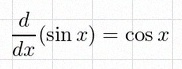
\frac{d}{dx}(\sin x)=\cos x